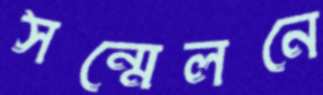
সন্মেলনে